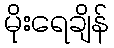
မိုးရေချိန်